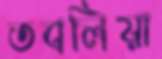
তবলিয়া